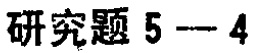
研究题 5—4